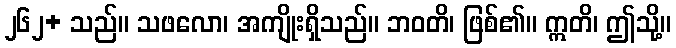
၂၆၂+ သည်။ သဖလော၊ အကျိုးရှိသည်။ ဘဝတိ၊ ဖြစ်၏။ ဣတိ၊ ဤသို့။